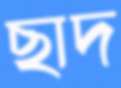
ছাদ